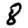
Digit: 8